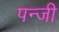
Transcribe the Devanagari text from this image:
पन्जी